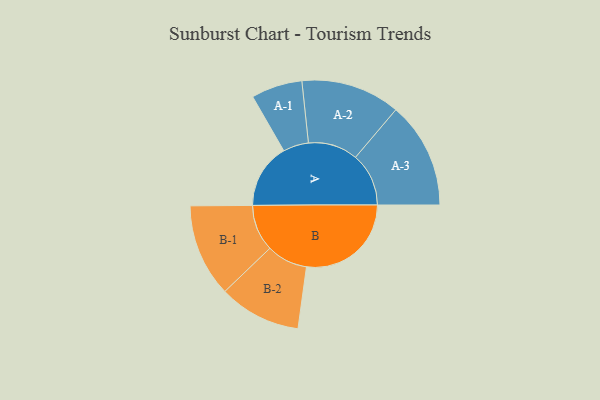
{"axis": {"x": "Segment", "y": "Value"}, "legend": ["", "A", "B"], "data": [{"x": "A", "y": 309, "type": ""}, {"x": "B", "y": 500, "type": ""}, {"x": "A-1", "y": 122, "type": "A"}, {"x": "A-2", "y": 237, "type": "A"}, {"x": "A-3", "y": 254, "type": "A"}, {"x": "B-1", "y": 222, "type": "B"}, {"x": "B-2", "y": 196, "type": "B"}]}